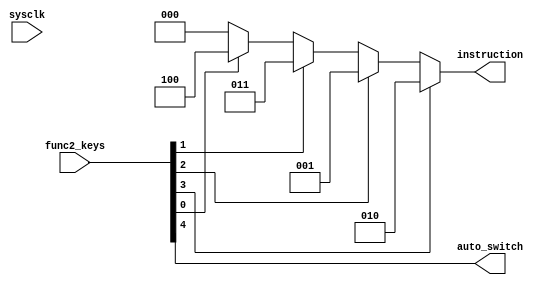
module f2_keyproc(
input wire [4:0] func2_keys,
input wire sysclk,
output reg [2:0] instruction,
output reg auto_switch);

//Defines the instruction for function 2.
// 0 = None
// 1 = Move forward
// 2 = Move backward
// 3 = Rotate 90 degree to right
// 4 = Negative

initial begin
	// Clear the instruction output.
	instruction = 3'd0;
end

always @(*) begin
	//Sync the auto switch.
	auto_switch = func2_keys[4];
	// Check all the keys and translate to func2 GPU instruction.
	if (func2_keys[3]) begin
		instruction = 3'd2;
	end
	else if (func2_keys[2]) begin
		instruction = 3'd1;
	end
	else if (func2_keys[1]) begin
		instruction = 3'd3;
	end
	else if (func2_keys[0]) begin
		instruction = 3'd4;
	end
	else begin
		instruction = 3'd0;
	end
end

endmodule